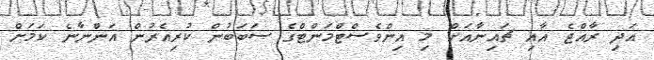
އަދި ރާއްޖެ އާއި ޗައިނާއަށް މި އިންވެސްޓްމަންޓްގެ ސަބަބުން ކުރިއެރުން އަންނާނެ ކަމަށް